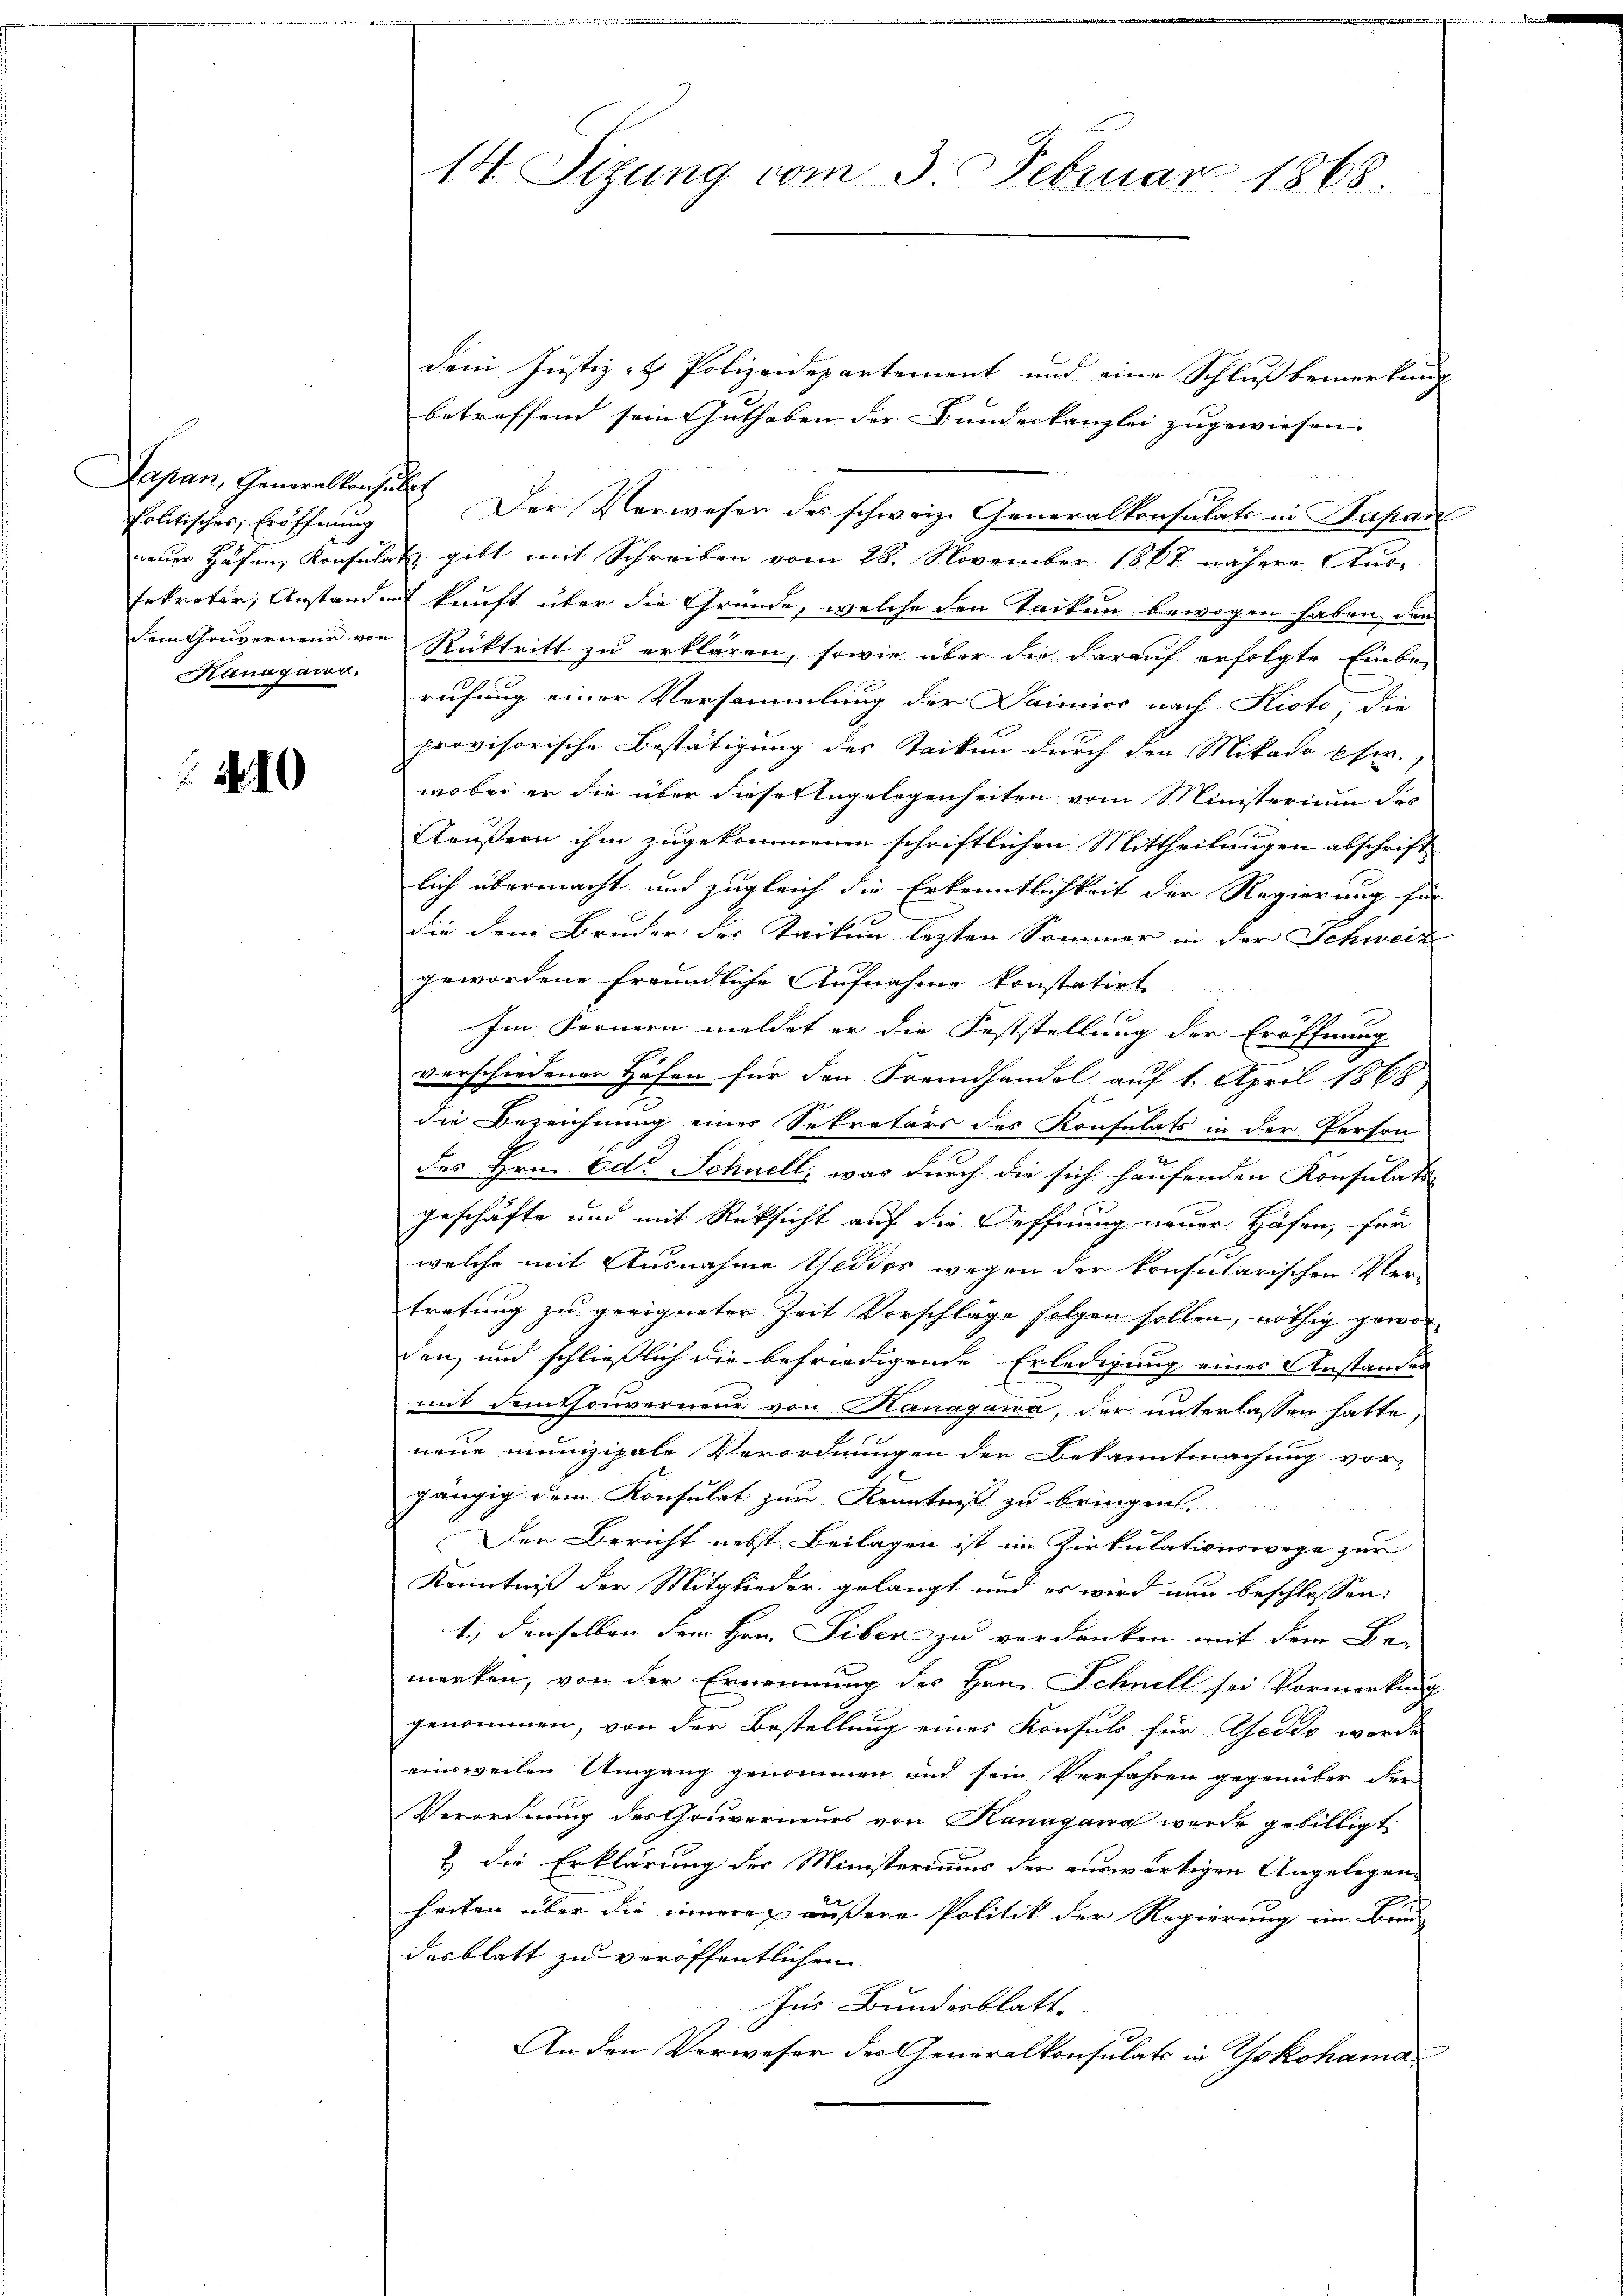
Japan, Generalkonsultat
Politisches, Eröffnung

Kaungang.

210

14. Sitzung vom 3. Februar 1868.

dem Justiz- & Polizeidepartement und eine Schlußbemerkung
betreffend sein Guthaben der Bundeskanzlei zugewiesen. |
Der Verweser des schweiz. Generalkonsulats in Papan
neuer Hafen, Konsulat gibt mit Schreiben vom 28. November 1867 nähere Aussekretär, Anstand mit kunft über die Gründe, welche den Taiken bewogen haben den
dem Gouverneur von Rücktritt zu erklären, sowie über die darauf erfolgte Einbe-
rufung einer Versammlung der Saimier nach Kioto, die
provisorische Bestätigung des Stacken durch den Mikado eher.
wobei er die über diese Angelegenheiten vom Ministerium des
Aeußern ihm zugekommenen schriftlichen Mittheilungen abschrift
lich übermacht und zugleich die Erkenntlichkeit der Regierung für
die dem Bruder der Karten lezten Sommer in der Schweiz
gewordene Freundliche Aufnahme konstatirt.
Im Fernern meldet er die Feststellung der Eröffnung
verschiedener Höfen für den Fremdhandel auf 1. April 1868
s
die Bezeichnung einer Sekretärs des Konsulats in der Person
des Hrn. Ed. Schnell, was durch die sich hausenden Konsulati
geschäfte und mit Rüksicht auf die Oeffnung neuer Häfen, für
welche mit Ausnahme Geddos wegen der konsularischen Ver-
tretung zu geeigneter Zeit Vorschläge folgen sollen, nöthig geworden, und schließlich die befriedigende Erledigung eines Anstandes
mit demthouverneur von Hanagawa, der unterlassen hatte,
neue munizipale Verordnungen der Bekanntmachung vor-
e
gängig dem Konsulat zur Kenntnis zu bringen.
Der Bericht nebst Beilagen ist im Zirkulationswege zur
Kenntniß der Mitglieder gelangt und es wird nun beschlossen:
1.) denselben dem Hrn. Siber zu verdanken mit dem Be-
merken, von der Ernennung des Hrn. Schnell sei Vormerkung
genommen, von der Bestellung eines Konsuls für Gedes werde
einsweilen Umgang genommen und sein Verfahren gegenüber der
Verordnung des Gouverneurs von Hanagana wurde gebilligt
) die Erklärung des Ministeriums der auswärtigen Angelegenheiten über die inneren äußere Politik der Regierung im Bru
desblatt zu veröffentlichen
Ins Bundesblatt.
An den Verweser des Generalkonsulats in Yokohama